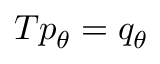
T p _ { \theta } = q _ { \theta }